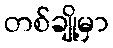
တစ်ချို့မှာ